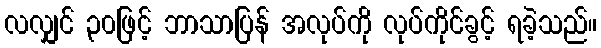
လလျှင် ၃၀ဖြင့် ဘာသာပြန် အလုပ်ကို လုပ်ကိုင်ခွင့် ရခဲ့သည်။